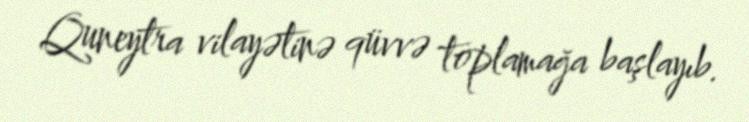
Quneytra vilayətinə qüvvə toplamağa başlayıb.